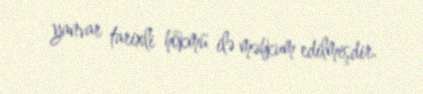
yanvar tarixli hökmü ilə məhkum edilmişdir.